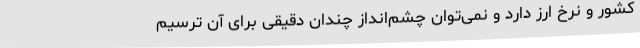
کشور و نرخ ارز دارد و نمی‌توان چشم‌انداز چندان دقیقی برای آن ترسیم